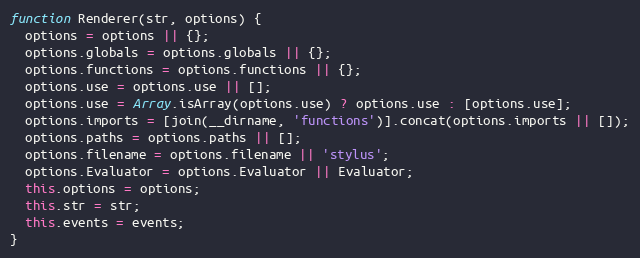
Language: JavaScript
function Renderer(str, options) {
  options = options || {};
  options.globals = options.globals || {};
  options.functions = options.functions || {};
  options.use = options.use || [];
  options.use = Array.isArray(options.use) ? options.use : [options.use];
  options.imports = [join(__dirname, 'functions')].concat(options.imports || []);
  options.paths = options.paths || [];
  options.filename = options.filename || 'stylus';
  options.Evaluator = options.Evaluator || Evaluator;
  this.options = options;
  this.str = str;
  this.events = events;
}